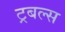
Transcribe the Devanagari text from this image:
ट्रबल्स